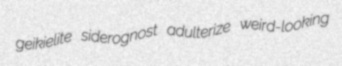
geikielite siderognost adulterize weird-looking